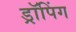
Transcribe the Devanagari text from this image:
ड्रॉपिंग